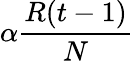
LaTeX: \alpha\frac{R(t-1)}{N}